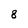
Character: 8